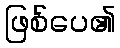
ဖြစ်ပေ၏